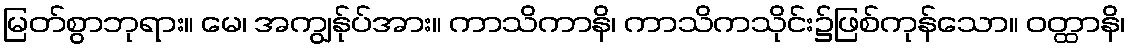
မြတ်စွာဘုရား။ မေ၊ အကျွန်ုပ်အား။ ကာသိကာနိ၊ ကာသိကသိုင်း၌ဖြစ်ကုန်သော။ ဝတ္ထာနိ၊